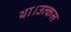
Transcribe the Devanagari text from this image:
था।उत्कल